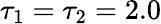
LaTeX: \tau_{1}=\tau_{2}=2.0